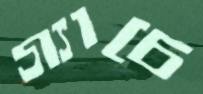
গ্যাচে